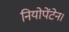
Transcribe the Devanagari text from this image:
नियोपेंटेन।